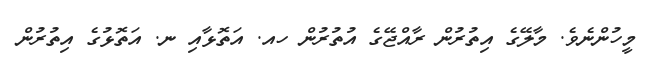
މީހުންނެވެ. މާލޭގެ އިތުރުން ރާއްޖޭގެ އުތުރުން ހއ. އަތޮޅާއި ނ. އަތޮޅުގެ އިތުރުން